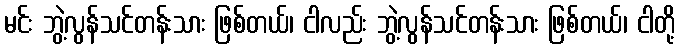
မင်း ဘွဲ့လွန်သင်တန်းသား ဖြစ်တယ်၊ ငါလည်း ဘွဲ့လွန်သင်တန်းသား ဖြစ်တယ်၊ ငါတို့